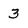
Character: 3